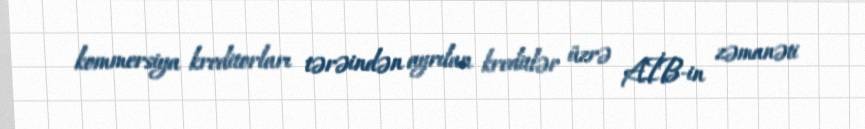
kommersiya kreditorları tərəindən ayrılan kreditlər üzrə AİB-in zəmanəti